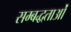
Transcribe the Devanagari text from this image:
सम्बद्धताओं